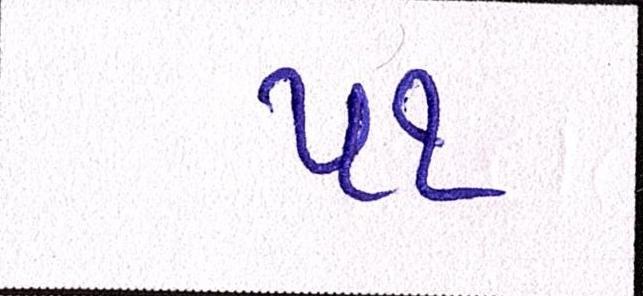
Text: ૫૧